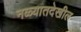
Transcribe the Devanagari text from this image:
नळ्यातदेखील